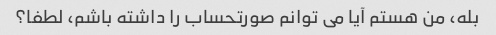
بله، من هستم آیا می توانم صورتحساب را داشته باشم، لطفا؟